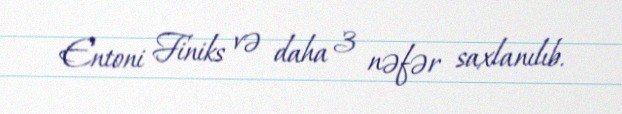
Entoni Finiks və daha 3 nəfər saxlanılıb.